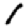
Digit: 1